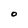
Character: O